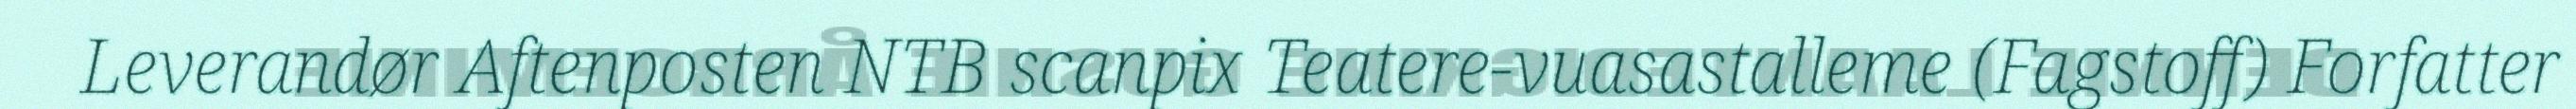
Leverandør Aftenposten NTB scanpix Teatere-vuasastalleme (Fagstoff) Forfatter